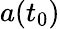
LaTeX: a(t_{0})